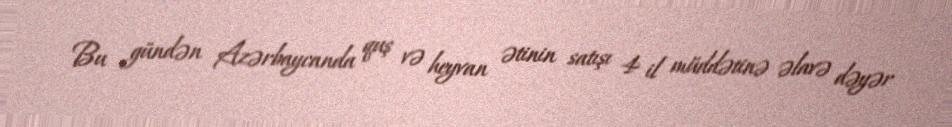
Bu gündən Azərbaycanda quş və heyvan ətinin satışı 4 il müddətinə əlavə dəyər